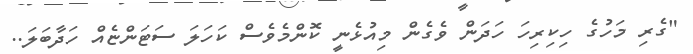
"ގެރި މަހުގެ ހިކިރިހަ ހަދަން ވެގެން މިއުޅެނީ ކޮންމެވެސް ކަހަލަ ސަޓަންޏެއް ހަދާބަލަ..